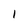
Character: 1